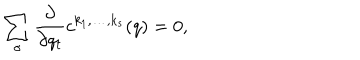
LaTeX: \sum _ { \sigma } { \frac { \partial } { \partial q _ { t } } } c ^ { k _ { 1 } , \ldots , k _ { s } } ( q ) = 0 ,